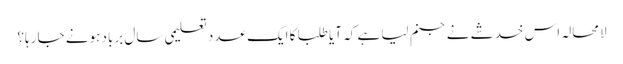
لامحالہ اس خدشے نے جنم لیا ہے کہ آیا طلبا کا ایک عدد تعلیمی سال برباد ہونے جا رہا؟